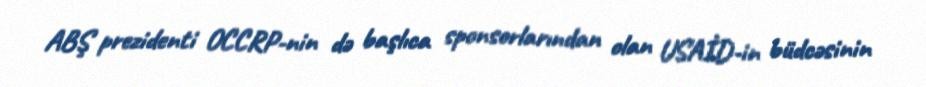
ABŞ prezidenti OCCRP-nin də başlıca sponsorlarından olan USAİD-in büdcəsinin